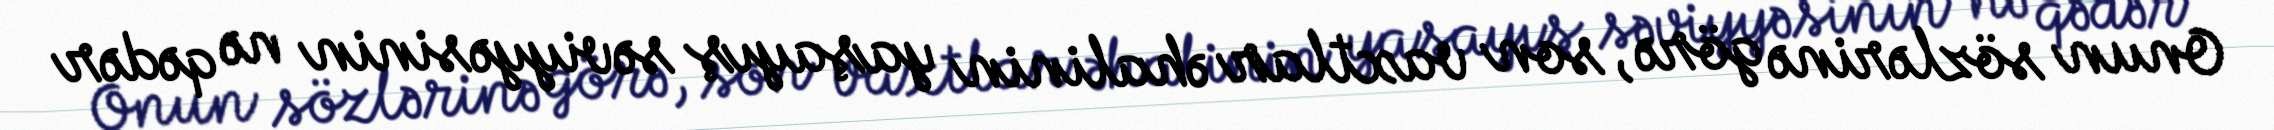
Onun sözlərinə görə, son vaxtlar əhalinin yaşayış səviyyəsinin nə qədər